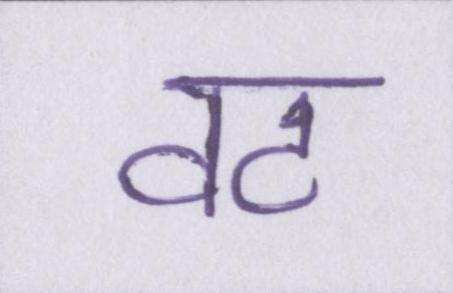
वट